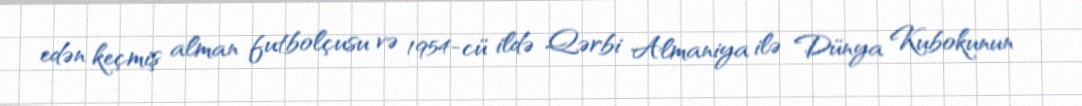
edən keçmiş alman futbolçusu və 1954-cü ildə Qərbi Almaniya ilə Dünya Kubokunun